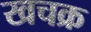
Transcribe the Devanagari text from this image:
खचक्र